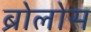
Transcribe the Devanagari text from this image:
ब्रोलोस